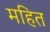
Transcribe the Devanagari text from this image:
महित